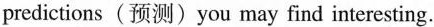
predictions(预测)you may find interesting.